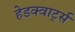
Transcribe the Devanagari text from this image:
हेडक्वार्ट्स